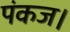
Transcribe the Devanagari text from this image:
पंकज।